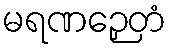
မရဏဉှေတံ